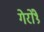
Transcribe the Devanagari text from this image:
गेरोंथ्रे